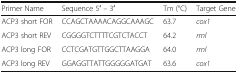
<table><thead><tr><td><b>Primer Name</b></td><td><b>Sequence 5′ – 3′</b></td><td><b>Tm (°C)</b></td><td><b>Target Gene</b></td></tr></thead><tbody><tr><td>ACP3 short FOR</td><td>CCAGCTAAAACAGGCAAAGC</td><td>63.7</td><td><i>cox1</i></td></tr><tr><td>ACP3 short REV</td><td>CGGGGTCTTTTCGTCTACCT</td><td>64.2</td><td><i>rrnl</i></td></tr><tr><td>ACP3 long FOR</td><td>CCTCGATGTTGGCTTAAGGA</td><td>64.0</td><td><i>rrnl</i></td></tr><tr><td>ACP3 long REV</td><td>GGAGGTTATTGGGGGATGAT</td><td>63.6</td><td><i>cox1</i></td></tr></tbody></table>